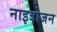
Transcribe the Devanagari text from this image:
नाइत्रोजन